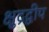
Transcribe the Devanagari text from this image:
क्षुद्रद्वीप